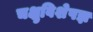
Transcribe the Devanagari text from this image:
चक्षुविशेषज्ञ